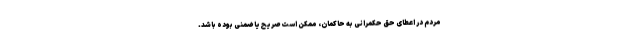
مردم در اعطای حق حکمرانی به حاکمان، ممکن است صریح یا ضمنی بوده باشد.